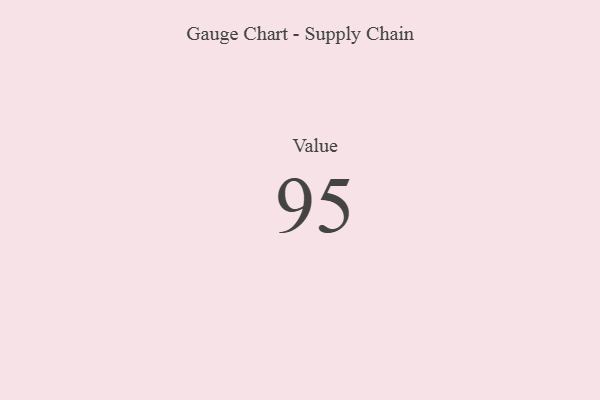
{"axis": {"x": "Metric", "y": "Value"}, "legend": [""], "data": [{"x": "Value", "y": 95, "type": ""}]}